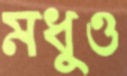
মধুও